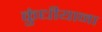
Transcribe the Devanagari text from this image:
कुंधीयाना